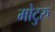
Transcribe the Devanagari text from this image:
मोटुरु